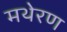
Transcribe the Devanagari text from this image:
मथेरण